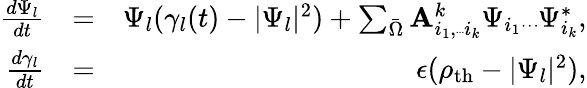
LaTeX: \begin{array}{rlr}{\frac{d\Psi_{l}}{dt}}&{=}&{\Psi_{l}(\gamma_{l}(t)-|\Psi_{l}|^{2})+\sum_{\bar{\Omega}}{\mathbf A}_{i_{1},{\tiny{\cdot\cdot\cdot}}i_{k}}^{k}\Psi_{i_{1}}{\tiny{...}}\Psi_{i_{k}}^{*},}\\ {\frac{d\gamma_{l}}{dt}}&{=}&{\epsilon(\rho_{\mathrm{th}}-|\Psi_{l}|^{2}),}\end{array}